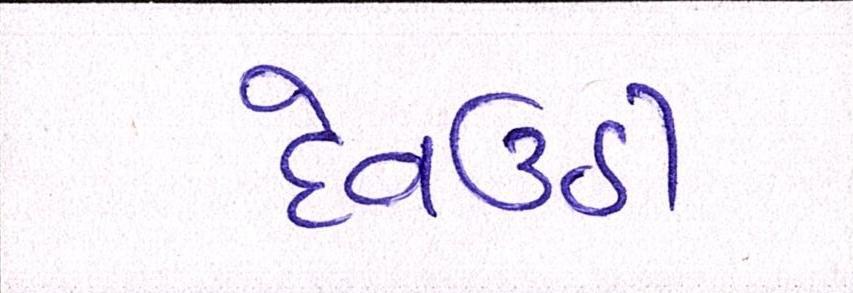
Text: દેવઉઠી